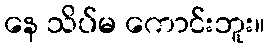
နေ သိပ်မ ကောင်းဘူး။